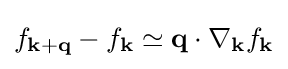
f_{\mathbf {k} +\mathbf {q} }-f_{\mathbf {k} }\simeq \mathbf {q} \cdot \nabla _{\mathbf {k} }f_{\mathbf {k} }